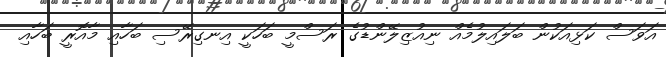
އަވަސް ކަޅިއަކުން ބަލައިލުމެއް ނިއުޒިލޭންޑުގެ ރަސްމީ ބަހަކީ އިނގިރޭސި ބަހާއި މާއޮރީ ބަހާއި